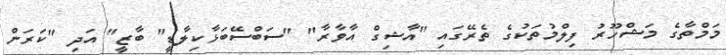
މަމްތާގެ މަޝްހޫރު ފިލްމުތަކުގެ ތެރޭގައި "އާޝިގް އާވާރާ" "ސަބްސޭބަޅާކިލާޑީ" ބާޒީ" އަދި "ކަރަން